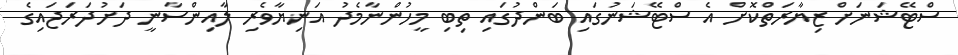
ސްޓޭޝަނަަށް ޒިޔާރަތްކޮށް އެ ސްޓޭޝަނުގައި ބަންދުގައި ތިބި މީހުންނާމެދު އަނިޔާވެރި ލާއިންސާނީ ދަށުދަރަޖައިގެ